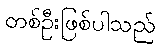
တစ်ဦးဖြစ်ပါသည်